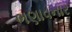
ભણાવનાર